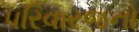
૫રિવારજનો